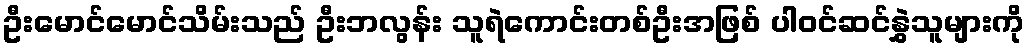
ဦးမောင်မောင်သိမ်းသည် ဦးဘလွန်း သူရဲကောင်းတစ်ဦးအဖြစ် ပါဝင်ဆင်နွှဲသူများကို